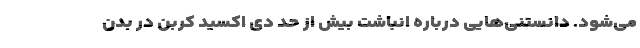
می‌شود. دانستنی‌هایی درباره انباشت بیش از حد دی اکسید کربن در بدن